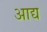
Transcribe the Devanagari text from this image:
अाद्य